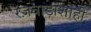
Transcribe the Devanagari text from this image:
रज़वाड़ाशाही